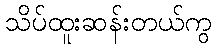
သိပ်ထူးဆန်းတယ်ကွ